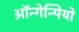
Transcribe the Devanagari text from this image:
ऑन्गेन्पियो